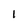
Character: 1